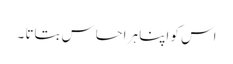
اس کو اپنا ہر احساس بتاتا ۔